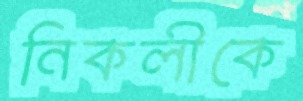
নিকলীকে